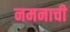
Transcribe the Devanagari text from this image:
नमनाची